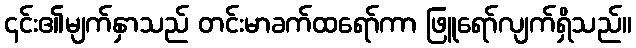
၎င်း၏မျက်နှာသည် တင်းမာခက်ထရော်ကာ ဖြူရော်လျက်ရှိသည်။